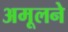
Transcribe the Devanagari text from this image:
अमूलने